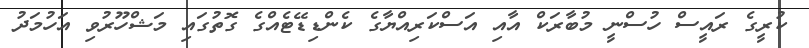
ކުރީގެ ރައީސް ހުސްނީ މުބާރަކް އާއި އަސްކަރިއްޔާގެ ކެންޑިޑޭޓެއްގެ ގޮތުގައި މަޝްހޫރުވި އަހުމަދު